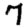
Digit: 7